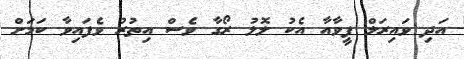
އަދި ވައިރަލް ފީވާއާ އެކު ލޮލު ރޯގާ ވެސް އިތުރު ވެފައިވާ ކަމަށް